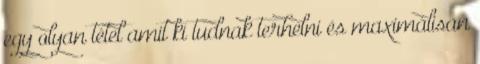
egy olyan tétel amit ki tudnak terhelni és maximálisan